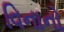
વિનાનો